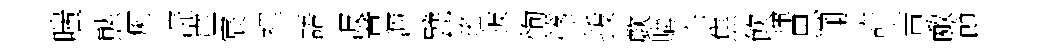
嗤㷱痢浣虚宸裡語波意㴑甓瑤披恂篠㧞歔購尒焦飲運思闻許吉敵節